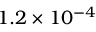
1 . 2 \times 1 0 ^ { - 4 }